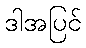
ဒါအပြင်